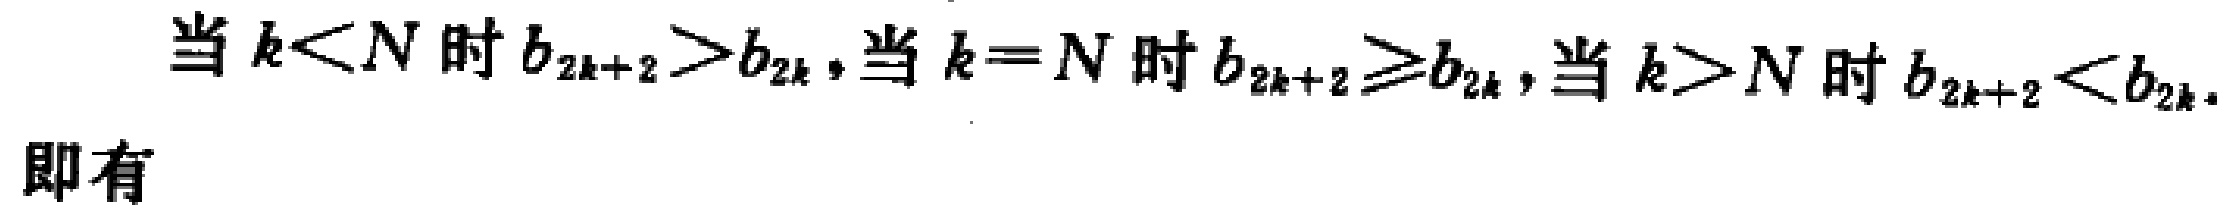
当 \(k<N\) 时 \(b_{2k + 2}>b_{2k}\), 当 \(k = N\) 时 \(b_{2k+2}\geq b_{2k}\), 当 \(k>N\) 时 \(b_{2k + 2}<b_{2k}\).
即有